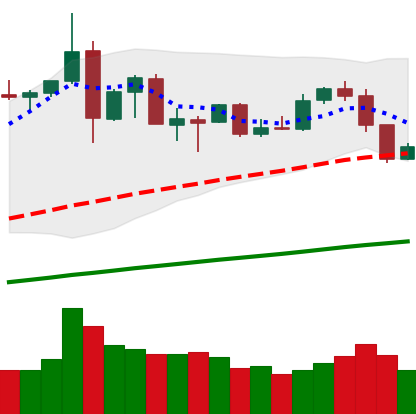
Ticker: ETH-USD
Chart end date: 2019-07-12
Forward return: -23.452%
Label: down_7plus